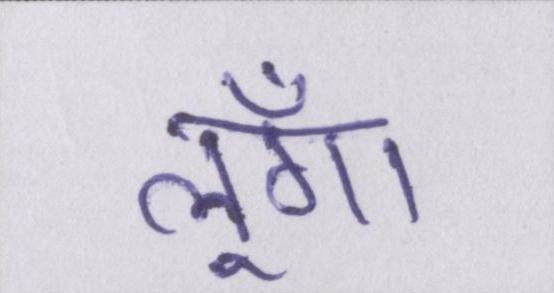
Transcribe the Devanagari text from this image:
लूँगा